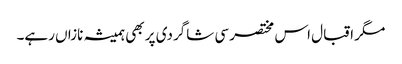
مگر اقبال اس مختصر سی شاگردی پر بھی ہمیشہ نازاں رہے۔